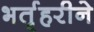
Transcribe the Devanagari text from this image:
भर्तृहरीने